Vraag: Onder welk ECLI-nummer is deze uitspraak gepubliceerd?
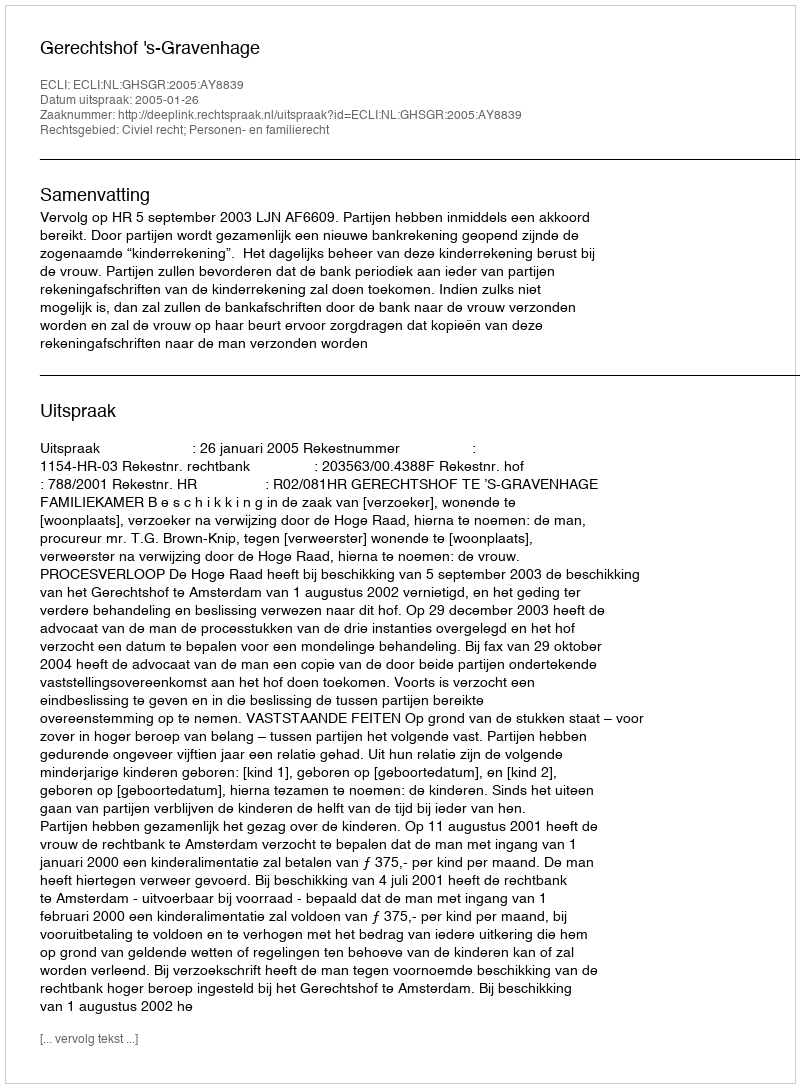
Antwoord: ECLI:NL:GHSGR:2005:AY8839